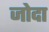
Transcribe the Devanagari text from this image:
जोदा